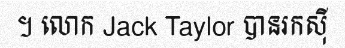
។ លោក Jack Taylor បានរកស៊ី